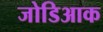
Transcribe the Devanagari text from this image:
जोडिआक